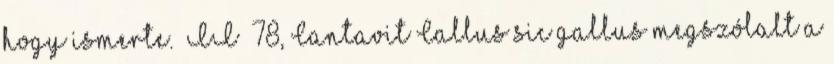
hogy ismerte.” II 78, Cantavit Callus sic gallus megszólalt a